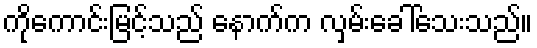
ကိုကောင်းမြင့်သည် နောက်က လှမ်းခေါ်သေးသည်။